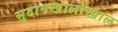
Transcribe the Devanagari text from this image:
सुदानखालोखाल